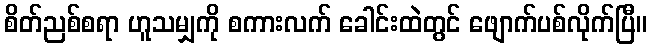
စိတ်ညစ်စရာ ဟူသမျှကို စကားလက် ခေါင်းထဲတွင် ဖျောက်ပစ်လိုက်ပြီ။